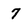
Character: 7